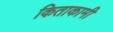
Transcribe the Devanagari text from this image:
किताकामी